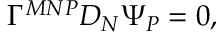
\Gamma ^ { M N P } D _ { N } \Psi _ { P } = 0 ,